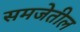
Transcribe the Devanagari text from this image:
समजेतील